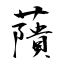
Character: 藬